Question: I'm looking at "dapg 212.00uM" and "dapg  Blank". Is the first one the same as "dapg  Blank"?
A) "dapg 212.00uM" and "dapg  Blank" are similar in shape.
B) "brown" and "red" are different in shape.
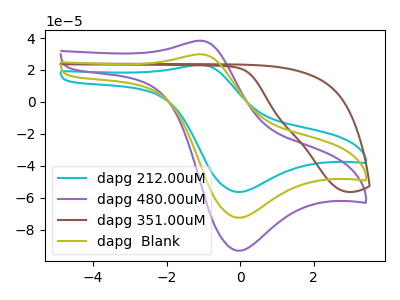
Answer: <think>The cyan curve "dapg 212.00uM" has an anodic peak at (-1.05V, 23.20uA) and a cathodic peak at (-0.05V, -56.40uA). The purple curve "dapg 480.00uM" has an anodic peak at (-1.05V, 59.65uA) and a cathodic peak at (-0.05V, -145.05uA). The brown curve "dapg 351.00uM" has no peaks. The olive curve "dapg  Blank" has an anodic peak at (-1.05V, 29.80uA) and a cathodic peak at (-0.05V, -72.50uA).
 All the peaks in "dapg 212.00uM" have a peak in "dapg  Blank" at the same potential. Every peak in "dapg 212.00uM" is lower than every peak in "dapg  Blank".</think>
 <answer>A) "dapg 212.00uM" and "dapg  Blank" are similar in shape.</answer>
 <eval>A</eval>